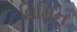
વિમિન